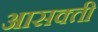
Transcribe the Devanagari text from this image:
आसक्‍ती